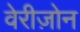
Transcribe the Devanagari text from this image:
वेरीज़ोन